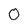
Character: O